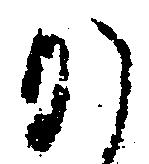
か